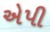
એપી